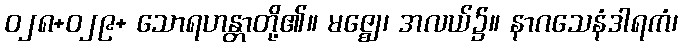
ဝ၂၈+ဝ၂၉+ သောရဟန္တာတို့၏။ မဇ္ဈေ၊ အလယ်၌။ နာဂသေနံဒါရကံ၊